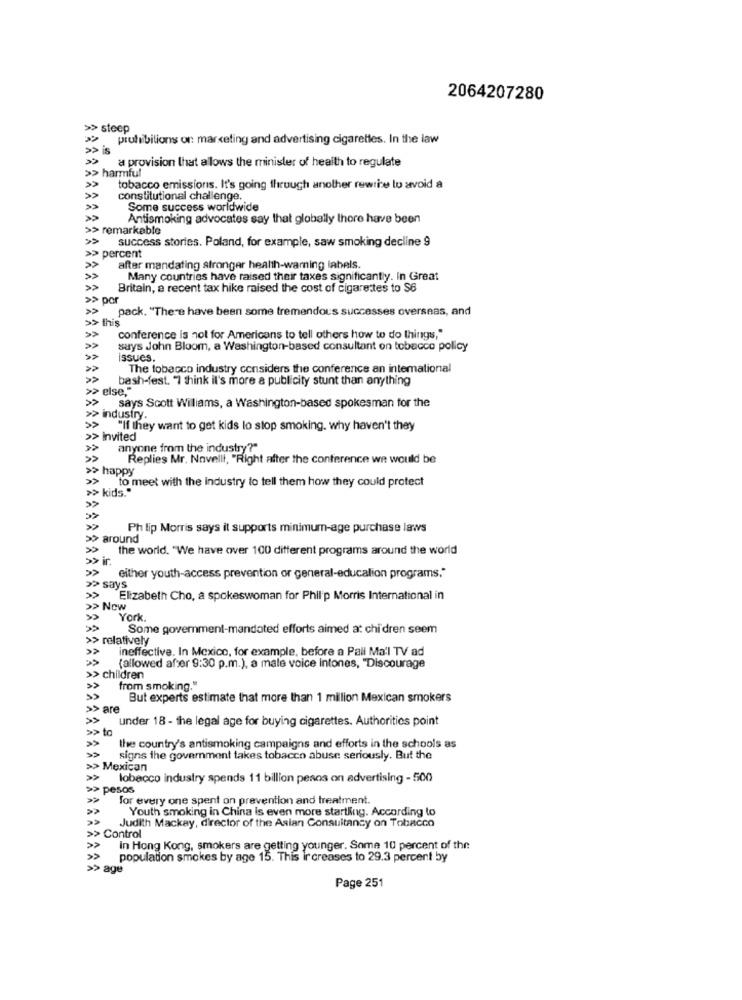
2064207280
>> steep
prohibitions on marketing and advertising cigarettes. In the law
>> is
a provision that allows the minister of health to regulate
>> harmful
tobacco emissions. It's going through another rewrite to avoid a
»
constitutional challenge.
Some success worldwide
»
Antismoking advocates say that globally there have been
>> remarkable
success stories. Poland, for example, saw smoking decline 9
>> percent
after mandating stronger health-warning labels.
Many countries have raised their taxes significantly. In Great
»
Britain, a recent tax hike raised the cost of cigarettes to $6
>>>p
pack. "There have been some tremendous successes overseas, and
> this
conference is not for Americans to tell others how to do things,"
»
says John Bloom, a Washington-based consultant on tobacco policy
issues.
The tobacco industry considers the conference an international
bash-fest. "I think it's more a publicity stunt than anything
else,"
says Scott Wiliams, a Washington-based spokesman for the
industry.
"If they want to get kids lo stop smoking. why haven't they
>> Invited
anyone from the industry?"
Replies Mr. Novelli, "Right after the conference we would be
>> happy
to meet with the industry to tell them how they could protect
>> kids.""
Philip Morris says it supports minimum-age purchase laws
>> around
the world. "We have over 100 different programs around the world
ir.
either youth-access prevention or general-educalion programs."
> says
»
Elizabeth Cho, a spokeswoman for Philip Morris International in
>> New
York
Some government-mandated efforts aimed at chi dren seem
relatively
ineffective. In Mexico, for example, before a Pall Mall TV ad
(allowed after 9:30 p.m.), a male voice intones, "Discourage
>> children
from smoking."
But experts estimate that more than 1 million Mexican smokers
> are
under 18 - the legal age for buying cigarettes. Authorities point
>>
the country's antismoking campaigns and efforts in the schools as
»
signs the government takes tobacco abuse seriously. But the
>> Mexican
»
lobacco industry spends 11 billion pesos on advertising - 500
>> pesos
>>
for every one spent on prevention and treatment.
Youth smoking in China is even more startling. According to
Judith Mackay, director of the Asian Consultancy on Tobacco
> Control
in Hong Kong, smokers are getting younger. Some 10 percent of the
population smokes by age 15. This ir creases to 29.3 percent by
>> age
Page 251